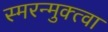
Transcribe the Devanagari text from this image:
स्मरन्मुक्त्वा